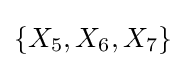
\{X_{5},X_{6},X_{7}\}